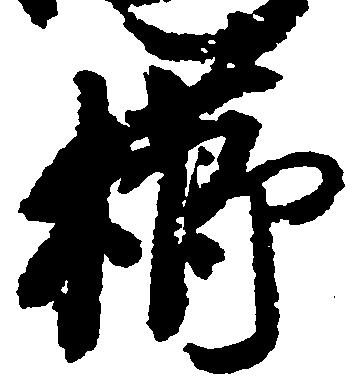
櫛